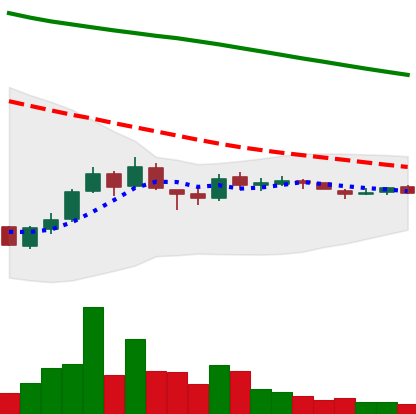
Ticker: ADA-USD
Chart end date: 2018-10-06
Forward return: -12.747%
Label: down_7plus